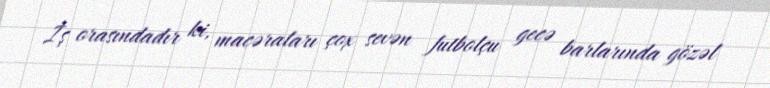
İş orasındadır ki, macəraları çox sevən futbolçu gecə barlarında gözəl